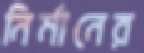
নির্মানের